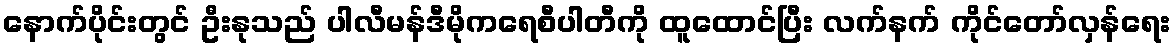
နောက်ပိုင်းတွင် ဦးနုသည် ပါလီမန်ဒီမိုကရေစီပါတီကို ထူထောင်ပြီး လက်နက် ကိုင်တော်လှန်ရေး